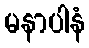
မနာပါနံ